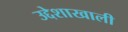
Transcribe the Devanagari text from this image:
उद्देशाखाली